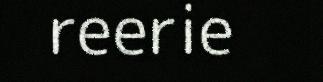
reerie